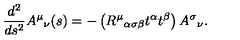
{ \frac { d ^ { 2 } } { d s ^ { 2 } } } A ^ { \mu } { } _ { \nu } ( s ) = - \left( R ^ { \mu } { } _ { \alpha \sigma \beta } t ^ { \alpha } t ^ { \beta } \right) A ^ { \sigma } { } _ { \nu } .